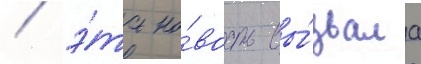
/ э́та но́вость вы́звала